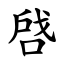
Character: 啔